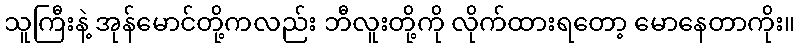
သူကြီးနဲ့ အုန်မောင်တို့ကလည်း ဘီလူးတို့ကို လိုက်ထားရတော့ မောနေတာကိုး။